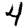
Digit: 4